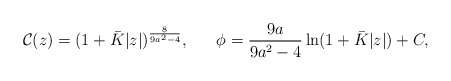
\begin{align*}{\cal C}(z)=(1+\bar{K}|z|)^{8\over{9a^2-4}},\ \ \ \ \ \phi={{9a}\over{9a^2-4}}\ln(1+\bar{K}|z|)+C,\end{align*}